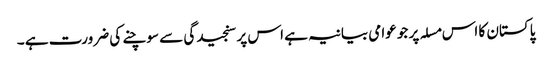
پاکستان کا اس مسلہ پر جو عوامی بیانیہ ہے اس پر سنجیدگی سے سوچنے کی ضرورت ہے ۔